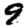
Digit: 9